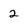
Character: 2